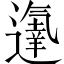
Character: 𨗵